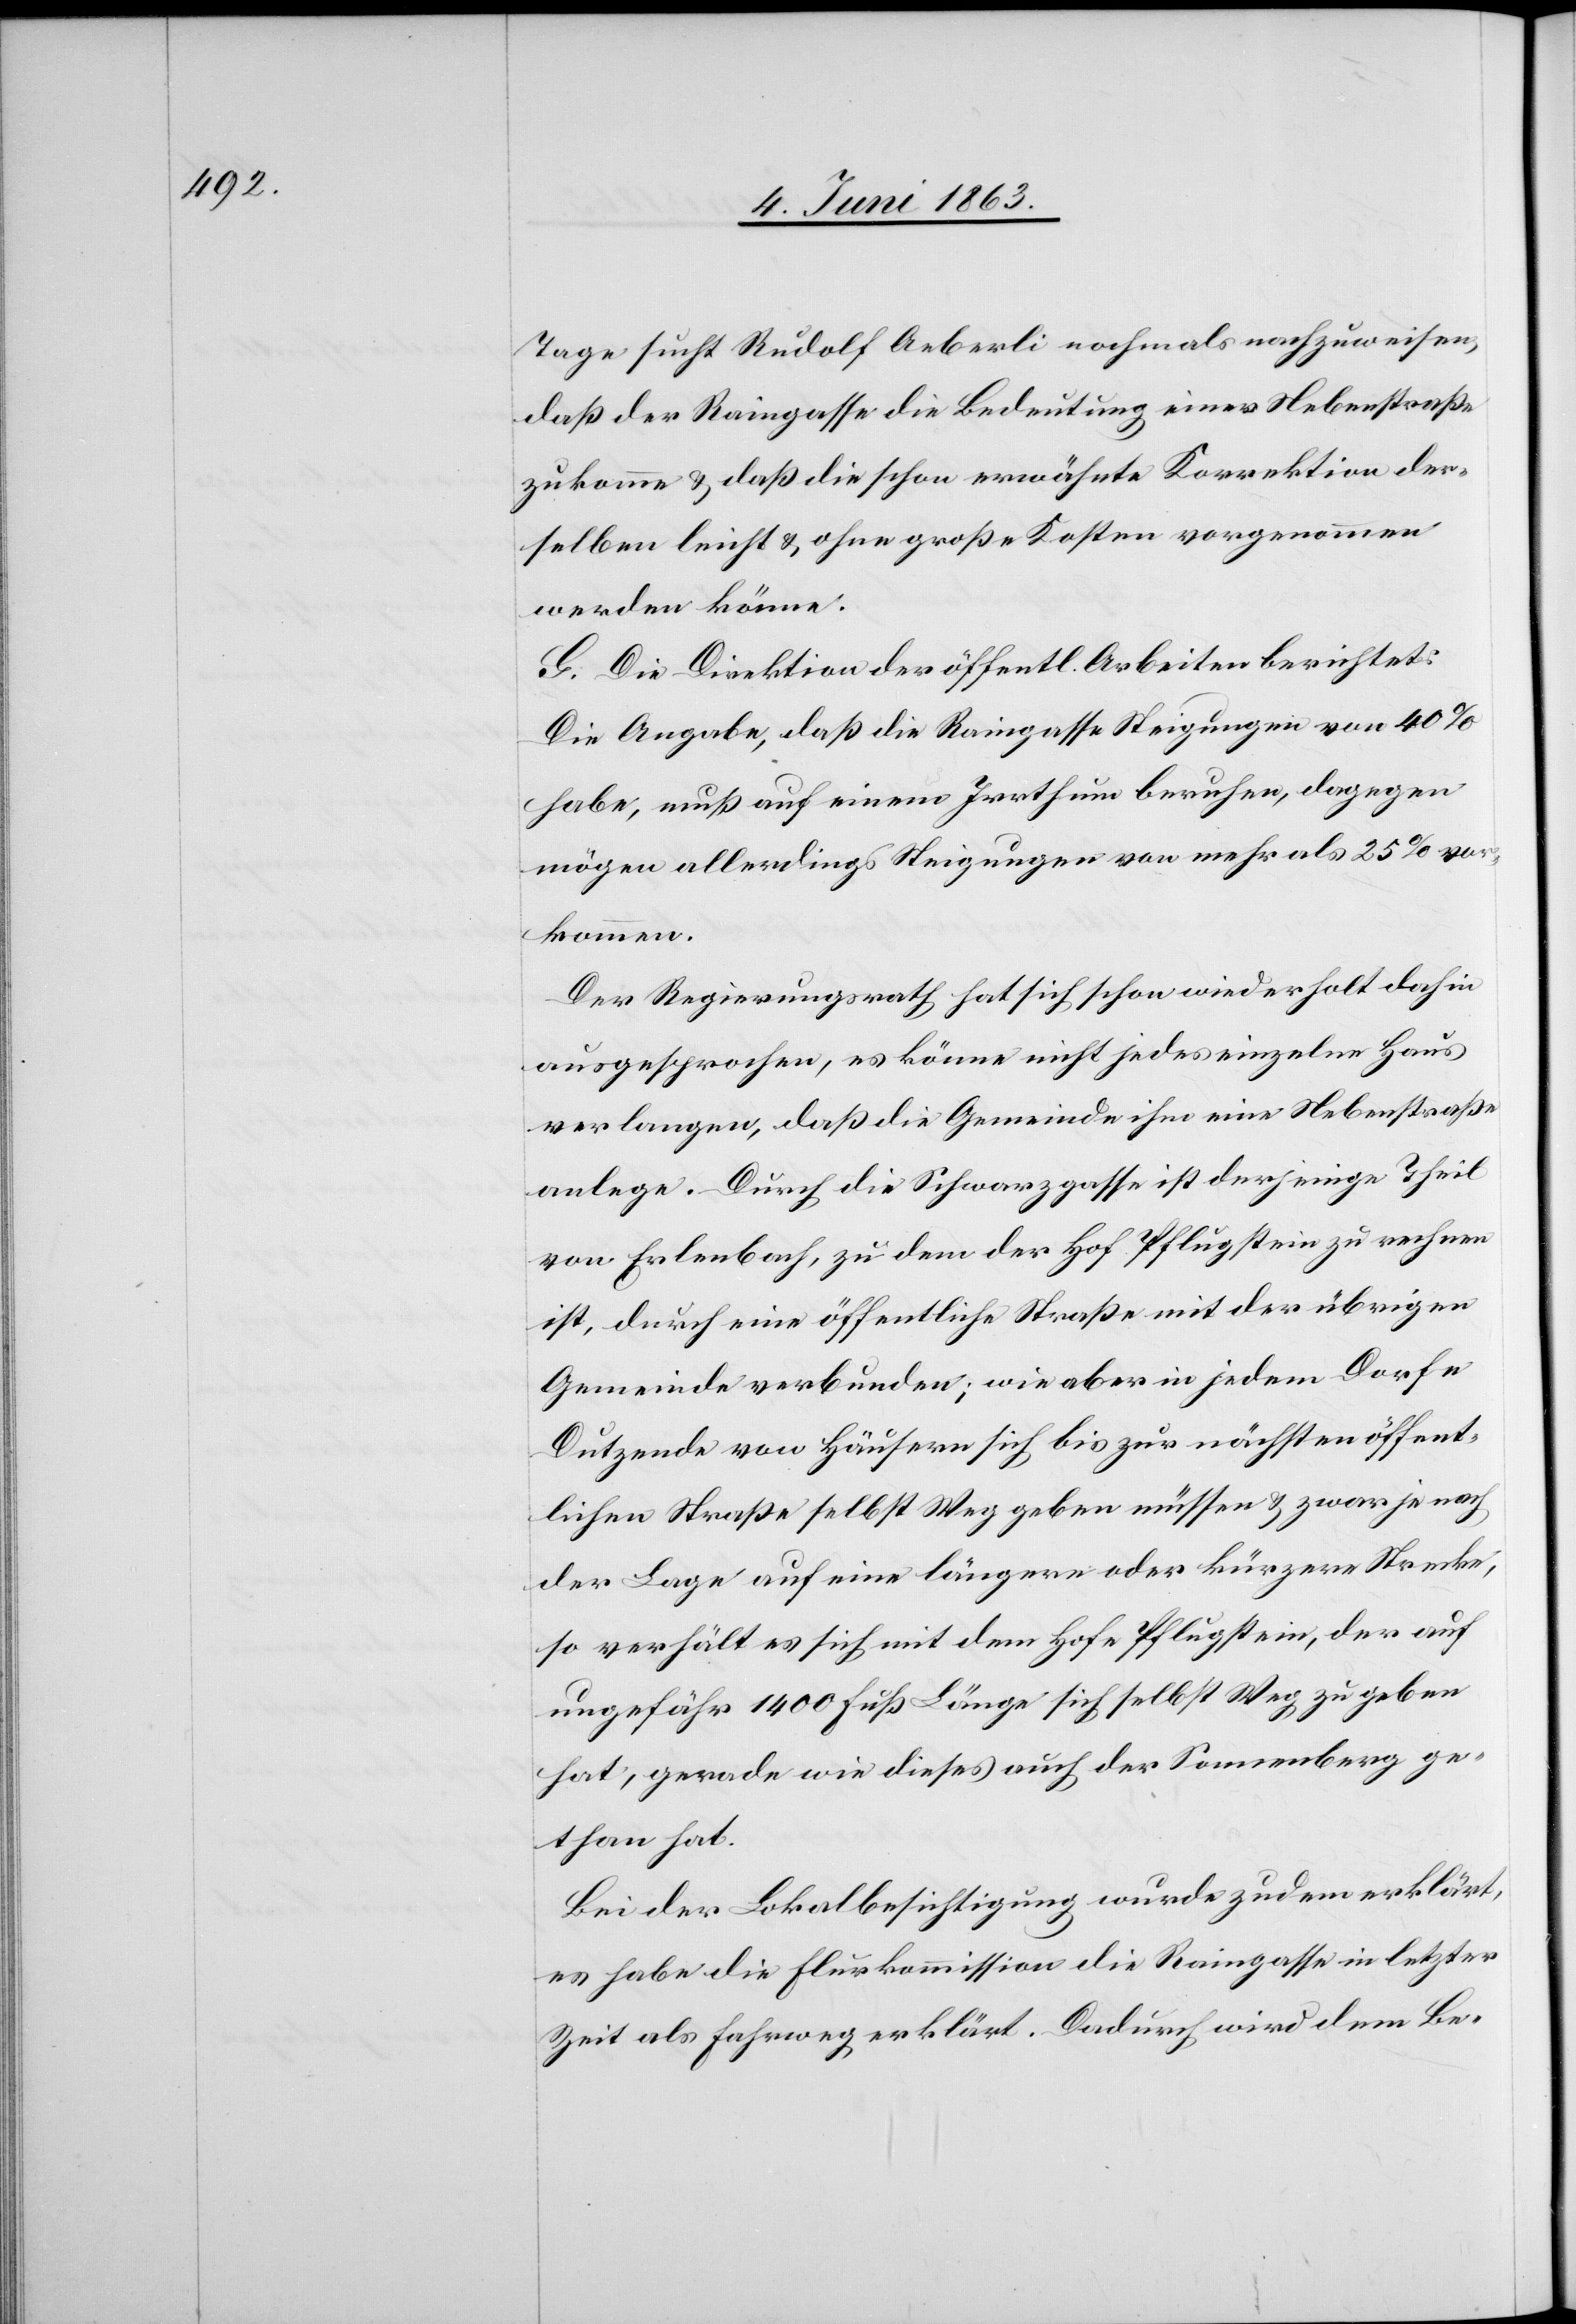
Tage sucht Rudolf Aeberli nochmals nachzuweisen,
daß der Raingasse die Bedeutung einer Nebenstraße
zukomme & daß die schon erwähnte Korrektion der¬
selben leicht & ohne große Kosten vorgenommen
werden könne.
G. Die Direktion der öffentlichen Arbeiten berichtet:
Die Angabe, daß die Raingasse Steigungen von 40%
habe, muß auf einem Irrthum beruhen, dagegen
mögen allerdings Steigungen von mehr als 25% vor¬
kommen.
Der Regierungsrath hat sich schon wiederholt dahin
ausgesprochen, es könne nicht jedes einzelne Haus
verlangen, daß die Gemeinde ihm eine Nebenstraße
anlege. Durch die Schwarzgasse ist derjenige Theil
von Erlenbach, zu dem der Hof Pflugstein zu rechnen
ist, durch eine öffentliche Straße mit der übrigen
Gemeinde verbunden; wie aber in jedem Dorfe
Dutzende von Häusern sich bis zur nächsten öffent¬
lichen Straße selbst Weg geben müssen & zwar je nach
der Lage auf eine längere oder kürzere Strecke,
so verhält es sich mit dem Hofe Pflugstein, der auf
ungefähr 1400 Fuß Länge sich selbst Weg zu geben
hat, gerade wie dieses auch der Sonnenberg ge¬
than hat.
Bei der Lokalbesichtigung wurde zudem erklärt,
es habe die Flurkommission die Raingasse in letzter
Zeit als Fahrweg erklärt. Dadurch wird dem Be-